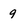
Character: 9